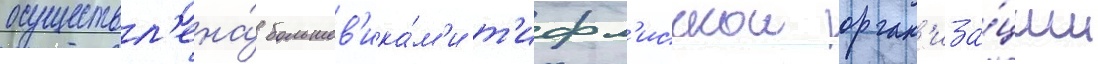
осуществл'ена́ большев'ика́м'и т'ифл'исскои орган'иза́ции